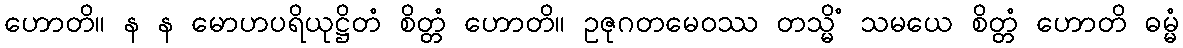
ဟောတိ။ န န မောဟပရိယုဋ္ဌိတံ စိတ္တံ ဟောတိ။ ဥဇုဂတမေဝဿ တသ္မိံ သမယေ စိတ္တံ ဟောတိ ဓမ္မံ